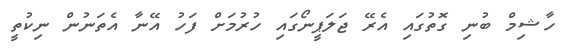
ހާޝިމް ބުނި ގޮތުގައި އެރޭ ޖަލަޕީނޯގައި ހުރުމަށް ފަހު އޭނާ އެތަނުން ނިކުތީ